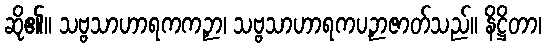
ဆို၏။ သဗ္ဗသာဟာရကကဉှာ၊ သဗ္ဗသာဟာရကပဉှာဇာတ်သည်။ နိဋ္ဌိတာ၊